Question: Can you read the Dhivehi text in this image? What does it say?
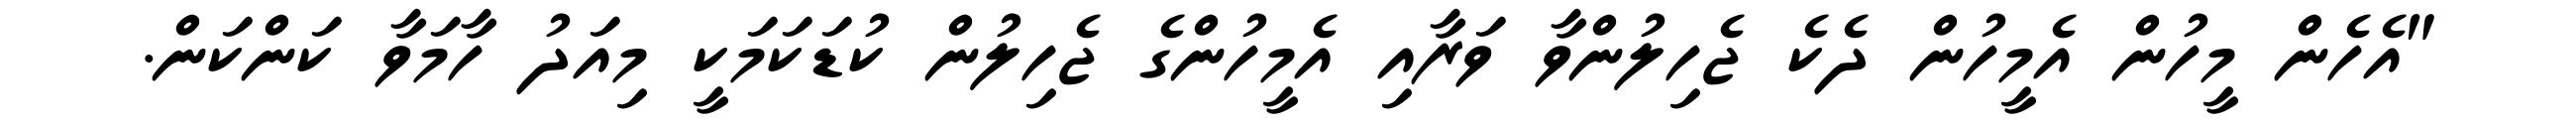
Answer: "އެހެން މީހުން އެމީހުން ދެކެ ޖެހިލުންވާ ވަރާއި އެމީހުންގެ ޖެހިލުން ކުޑަކަމަކީ މިއަދު ހާމަވާ ކަންކަން.